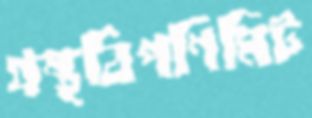
গ্রন্থবিপণিমিট